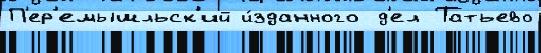
П'ер'емышльск'ий и́зданного д'ел Татьево